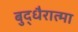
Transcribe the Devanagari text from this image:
बुद्धैरात्मा